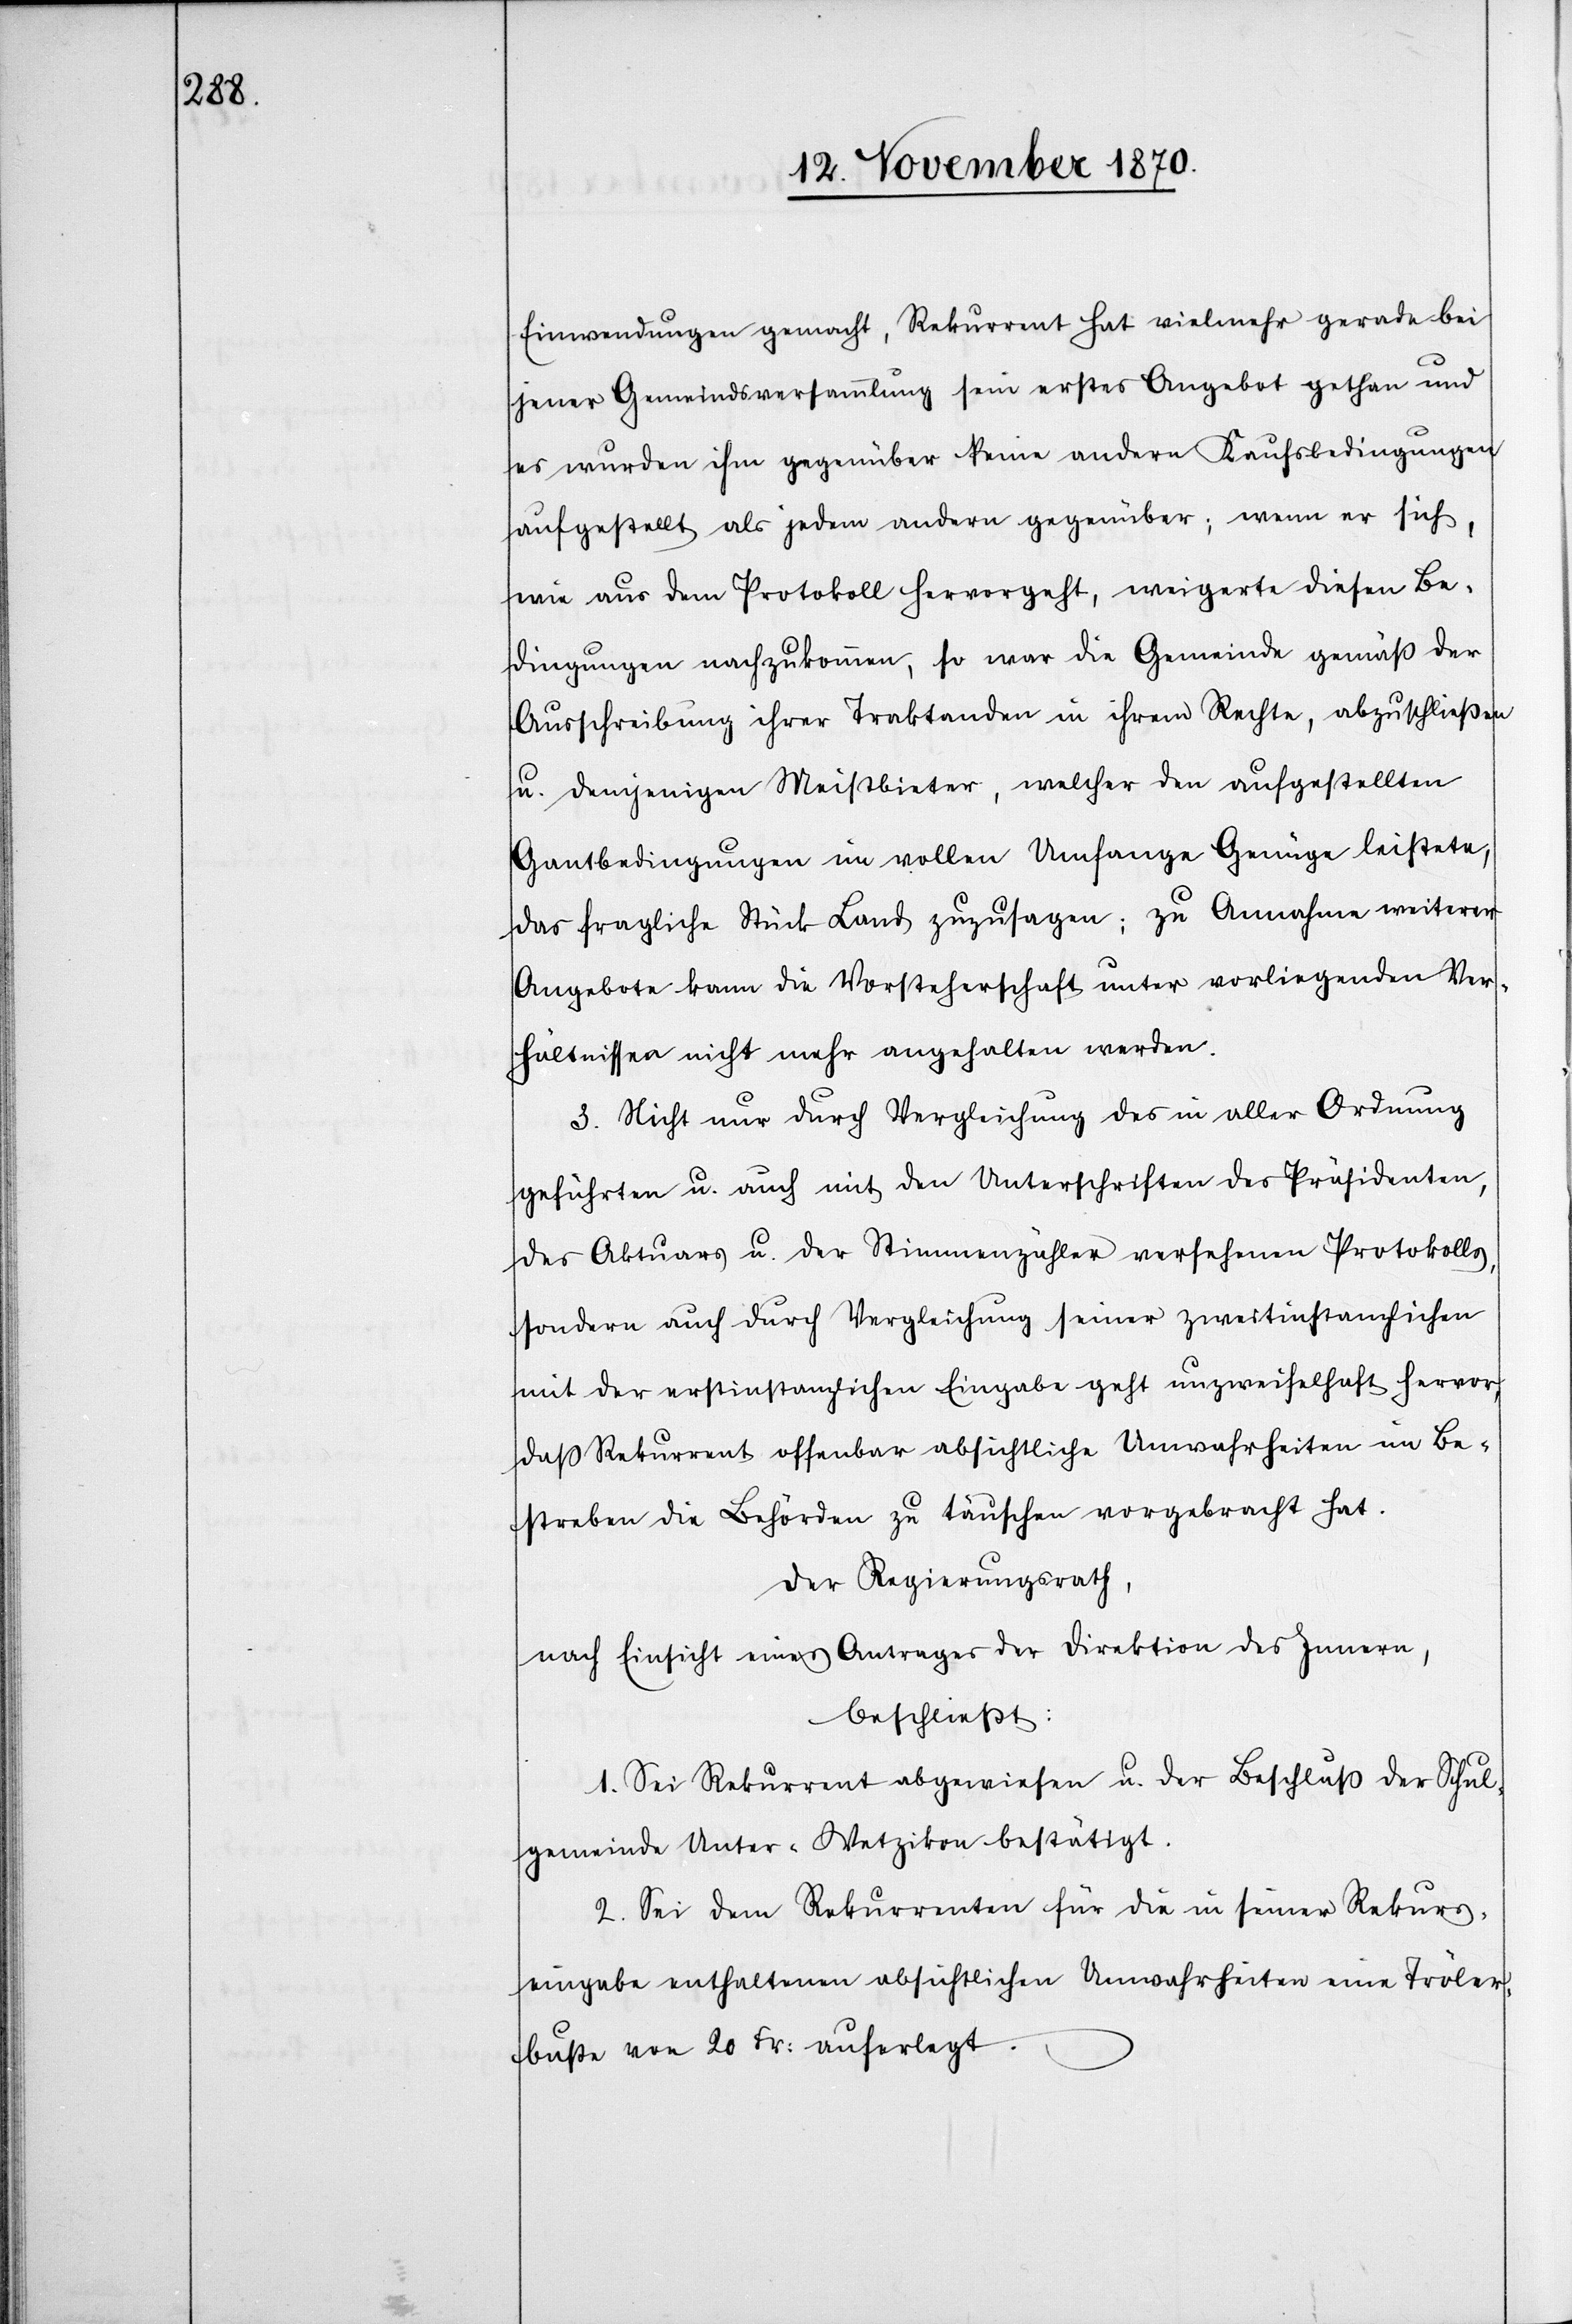
Einwendungen gemacht, Rekurrent hat vielmehr gerade bei
jener Gemeindsversammlung sein erstes Angebot gethan und
es wurden ihm gegenüber keine andere Kaufsbedingungen
aufgestellt als jedem andern gegenüber; wenn er sich
wie aus dem Protokoll hervorgeht, weigerte diesen Be¬
dingungen nachzukommen, so war die Gemeinde gemäß der
Ausschreibung ihrer Traktanden in ihrem Rechte, abzuschließen
u. demjenigen Meistbieter, welcher den aufgestellten
Gantbedingungen im vollen Umfange Genüge leistete,
das fragliche Stück Land zuzusagen; zu Annahme weiterer
Angebote kann die Vorsteherschaft unter vorliegenden Ver¬
hältnissen nicht mehr angehalten werden.
3. Nicht nur durch Vergleichung des in aller Ordnung
geführten u. auch mit den Unterschriften des Präsidenten,
des Aktuars u. der Stimmenzähler versehenen Protokolls,
sondern auch durch Vergleichung seiner zweitinstanzlichen
mit der erstinstanzlichen Eingabe geht unzweifelhaft hervor,
daß Rekurrent offenbar absichtliche Unwahrheiten im Be¬
streben die Behörden zu täuschen vorgebracht hat.
Der Regierungsrath,
nach Einsicht eines Antrages der Direktion des Innern,
beschließt:
1. Sei Rekurrent abgewiesen u. der Beschluß der Schul¬
gemeinde Unter-Wetzikon bestätigt.
2. Sei dem Rekurrenten für die in seiner Rekurs¬
eingabe enthaltenen absichtlichen Unwahrheiten eine Tröler¬
buße von 20 Fr: auferlegt.